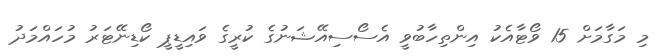
މި މަގާމަށް 15 ވޯޓާއެކު އިންތިހާބުވީ އެސޯސިއޭޝަނުގެ ކުރީގެ ވައިޑީޕީ ކޯޑިނޭޓަރު މުހައްމަދު